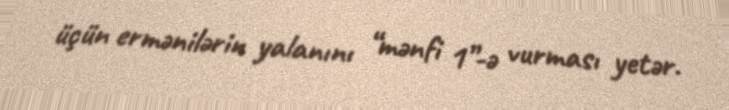
üçün ermənilərin yalanını “mənfi 1”-ə vurması yetər.